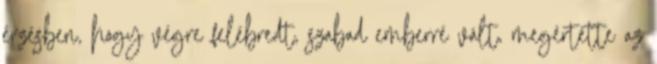
érzésben, hogy végre felébredt, szabad emberré vált, megértette az